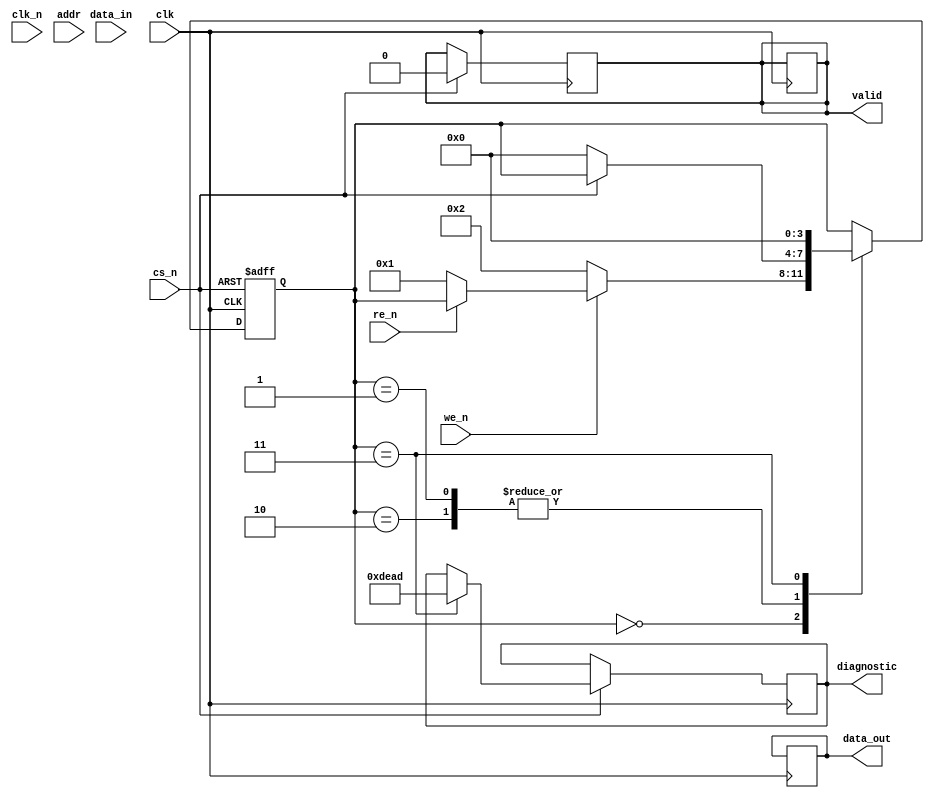
module gddr5x_io_block (
    input wire clk,          // Clock signal
    input wire clk_n,        // Inverted clock signal
    input wire cs_n,         // Chip Select (active low)
    input wire we_n,         // Write Enable (active low)
    input wire re_n,         // Read Enable (active low)
    input wire [15:0] data_in, // Data input (16 bits)
    output reg [15:0] data_out, // Data output (16 bits)
    input wire [15:0] addr,   // Address input
    output reg valid,         // Data valid signal
    output reg [15:0] diagnostic // Diagnostic output
);

    // Internal signals
    reg [15:0] memory [0:1023]; // Simple memory array for demonstration
    reg [3:0] state;             // State for FSM
    reg [15:0] data_buffer;      // Buffer for data

    // State encoding
    localparam IDLE = 4'b0000,
               READ = 4'b0001,
               WRITE = 4'b0010,
               DIAG = 4'b0011;

    // Clock management (simple example)
    always @(posedge clk or negedge cs_n) begin
        if (!cs_n) begin
            state <= IDLE; // Reset state on chip select
        end else begin
            case (state)
                IDLE: begin
                    if (!we_n) begin
                        state <= WRITE; // Transition to write state
                    end else if (!re_n) begin
                        state <= READ;  // Transition to read state
                    end
                end
                WRITE: begin
                    if (!cs_n) begin
                        memory[addr] <= data_in; // Write data to memory
                        valid <= 1'b1;            // Set valid signal
                        state <= IDLE;            // Return to idle
                    end
                end
                READ: begin
                    if (!cs_n) begin
                        data_out <= memory[addr]; // Read data from memory
                        valid <= 1'b1;            // Set valid signal
                        state <= IDLE;            // Return to idle
                    end
                end
                DIAG: begin
                    // Diagnostic logic can be added here
                    diagnostic <= 16'hDEAD; // Example diagnostic output
                    state <= IDLE;           // Return to idle
                end
            endcase
        end
    end

    // Power management and low-power state handling
    always @(posedge clk) begin
        if (cs_n) begin
            // Implement low-power state logic here
            valid <= 1'b0; // Reset valid signal
        end
    end

    // Additional functionality for built-in self-test (BIST) can be added here

endmodule